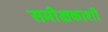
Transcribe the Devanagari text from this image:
समीक्षकाशी